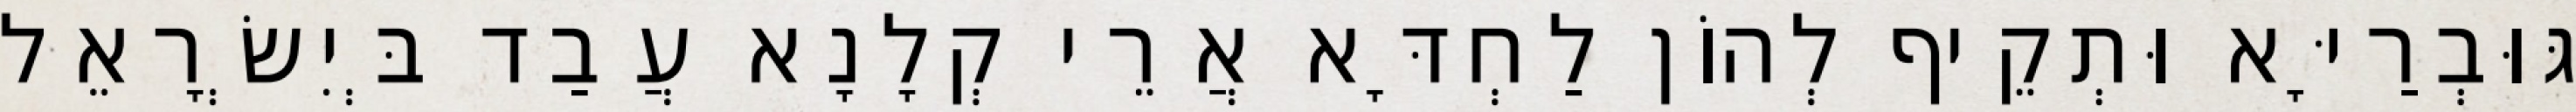
גּוּבְרַיָּא וּתְקֵיף לְהוֹן לַחְדָּא אֲרֵי קְלָנָא עֲבַד בְּיִשְׂרָאֵל